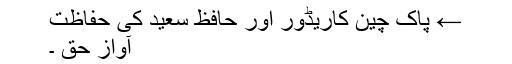
← پاک چین کاریڈور اور حافظ سعید کی حفاظت
آواز حق ۔